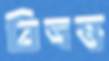
বিত্রস্ত